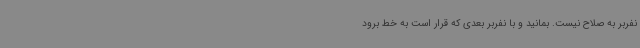
نفربر به صلاح نیست. بمانید و با نفربر بعدی که قرار است به خط برود